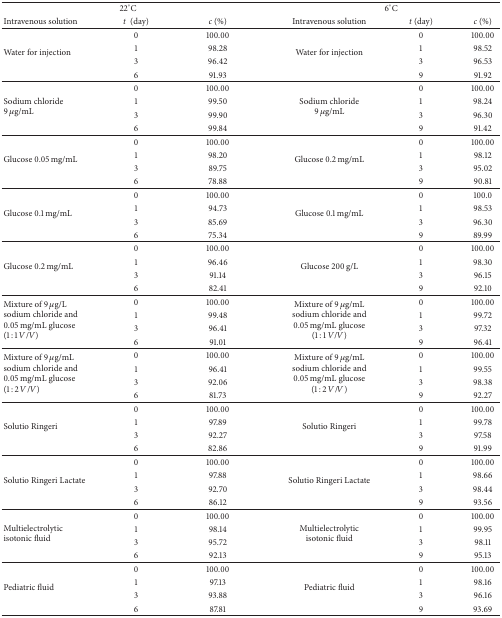
<table><thead><tr><td colspan="3"><b>22°C</b></td><td colspan="3"><b>6°C</b></td></tr><tr><td><b>Intravenous solution</b></td><td><b><i>t </i>(day)</b></td><td><b><i>c</i> (%)</b></td><td><b>Intravenous solution</b></td><td><b><i>t</i> (day)</b></td><td><b><i>c</i> (%)</b></td></tr></thead><tbody><tr><td rowspan="4">Water for injection</td><td>0</td><td>100.00</td><td rowspan="4">Water for injection</td><td>0</td><td>100.00</td></tr><tr><td>1</td><td>98.28</td><td>1</td><td>98.52</td></tr><tr><td>3</td><td>96.42</td><td>3</td><td>96.53</td></tr><tr><td>6</td><td>91.93</td><td>9</td><td>91.92</td></tr><tr><td rowspan="4">Sodium chloride 9 <i>μ</i>g/mL</td><td>0</td><td>100.00</td><td rowspan="4">Sodium chloride 9 <i>μ</i>g/mL</td><td>0</td><td>100.00</td></tr><tr><td>1</td><td>99.50</td><td>1</td><td>98.24</td></tr><tr><td>3</td><td>99.90</td><td>3</td><td>96.30</td></tr><tr><td>6</td><td>99.84</td><td>9</td><td>91.42</td></tr><tr><td rowspan="4">Glucose 0.05 mg/mL</td><td>0</td><td>100.00</td><td rowspan="4">Glucose 0.2 mg/mL</td><td>0</td><td>100.00</td></tr><tr><td>1</td><td>98.20</td><td>1</td><td>98.12</td></tr><tr><td>3</td><td>89.75</td><td>3</td><td>95.02</td></tr><tr><td>6</td><td>78.88</td><td>9</td><td>90.81</td></tr><tr><td rowspan="4">Glucose 0.1 mg/mL</td><td>0</td><td>100.00</td><td rowspan="4">Glucose 0.1 mg/mL</td><td>0</td><td>100.0</td></tr><tr><td>1</td><td>94.73</td><td>1</td><td>98.53</td></tr><tr><td>3</td><td>85.69</td><td>3</td><td>96.30</td></tr><tr><td>6</td><td>75.34</td><td>9</td><td>89.99</td></tr><tr><td rowspan="4">Glucose 0.2 mg/mL</td><td>0</td><td>100.00</td><td rowspan="4">Glucose 200 g/L</td><td>0</td><td>100.00</td></tr><tr><td>1</td><td>96.46</td><td>1</td><td>98.30</td></tr><tr><td>3</td><td>91.14</td><td>3</td><td>96.15</td></tr><tr><td>6</td><td>82.41</td><td>9</td><td>92.10</td></tr><tr><td rowspan="4">Mixture of 9 <i>μ</i>g/L sodium chloride and 0.05 mg/mL glucose (1 : 1<i>V</i>/<i>V</i>)</td><td>0</td><td>100.00</td><td rowspan="4">Mixture of 9 <i>μ</i>g/mL sodium chloride and 0.05 mg/mL glucose (1 : 1 <i>V</i>/<i>V</i>)</td><td>0</td><td>100.00</td></tr><tr><td>1</td><td>99.48</td><td>1</td><td>99.72</td></tr><tr><td>3</td><td>96.41</td><td>3</td><td>97.32</td></tr><tr><td>6</td><td>91.01</td><td>9</td><td>96.41</td></tr><tr><td rowspan="4">Mixture of 9 <i>μ</i>g/mL sodium chloride and 0.05 mg/mL glucose (1 : 2 <i>V</i>/<i>V</i>)</td><td>0</td><td>100.00</td><td rowspan="4">Mixture of 9 <i>μ</i>g/mL sodium chloride and 0.05 mg/mL glucose (1 : 2 <i>V</i>/<i>V</i>)</td><td>0</td><td>100.00</td></tr><tr><td>1</td><td>96.41</td><td>1</td><td>99.55</td></tr><tr><td>3</td><td>92.06</td><td>3</td><td>98.38</td></tr><tr><td>6</td><td>81.73</td><td>9</td><td>92.27</td></tr><tr><td rowspan="4">Solutio Ringeri</td><td>0</td><td>100.00</td><td rowspan="4">Solutio Ringeri</td><td>0</td><td>100.00</td></tr><tr><td>1</td><td>97.89</td><td>1</td><td>99.78</td></tr><tr><td>3</td><td>92.27</td><td>3</td><td>97.58</td></tr><tr><td>6</td><td>82.86</td><td>9</td><td>91.99</td></tr><tr><td rowspan="4">Solutio Ringeri Lactate</td><td>0</td><td>100.00</td><td rowspan="4">Solutio Ringeri Lactate</td><td>0</td><td>100.00</td></tr><tr><td>1</td><td>97.88</td><td>1</td><td>98.66</td></tr><tr><td>3</td><td>92.70</td><td>3</td><td>98.44</td></tr><tr><td>6</td><td>86.12</td><td>9</td><td>93.56</td></tr><tr><td rowspan="4">Multielectrolytic isotonic fluid</td><td>0</td><td>100.00</td><td rowspan="4">Multielectrolytic isotonic fluid</td><td>0</td><td>100.00</td></tr><tr><td>1</td><td>98.14</td><td>1</td><td>99.95</td></tr><tr><td>3</td><td>95.72</td><td>3</td><td>98.11</td></tr><tr><td>6</td><td>92.13</td><td>9</td><td>95.13</td></tr><tr><td rowspan="4">Pediatric fluid</td><td>0</td><td>100.00</td><td rowspan="4">Pediatric fluid</td><td>0</td><td>100.00</td></tr><tr><td>1</td><td>97.13</td><td>1</td><td>98.16</td></tr><tr><td>3</td><td>93.88</td><td>3</td><td>96.16</td></tr><tr><td>6</td><td>87.81</td><td>9</td><td>93.69</td></tr></tbody></table>